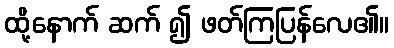
ထို့နောက် ဆက် ၍ ဖတ်ကြပြန်လေ၏။